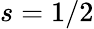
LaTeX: s=1/2